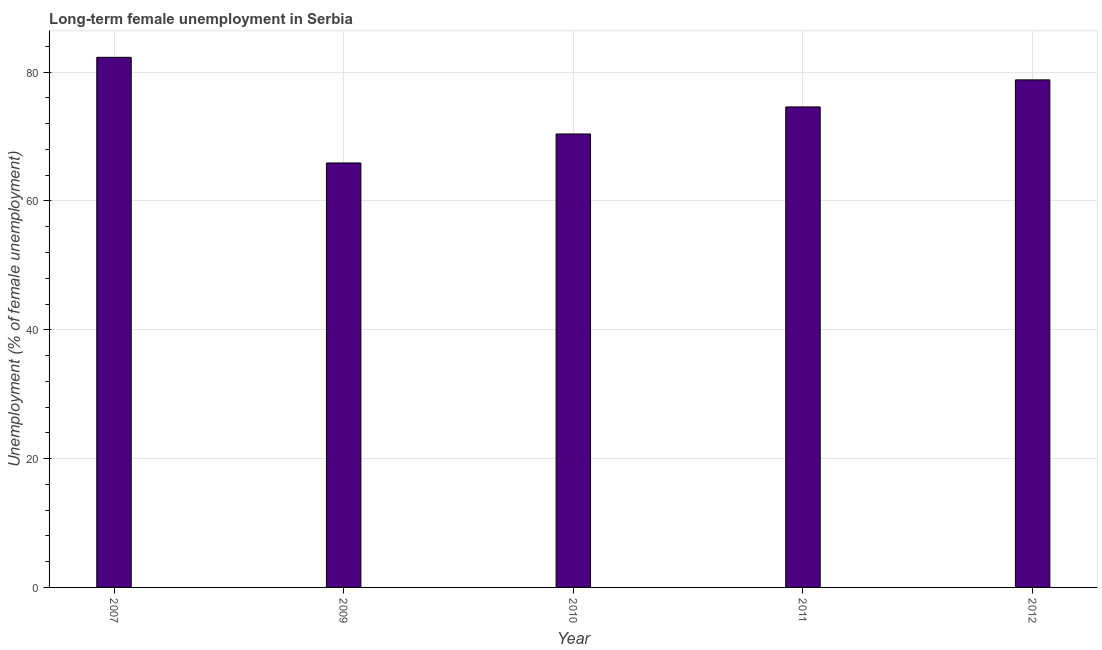
| Year | Long-term unemployment female |
 | --- | --- |
 | 2007 | 82.3 |
 | 2009 | 65.9 |
 | 2010 | 70.4 |
 | 2011 | 74.6 |
 | 2012 | 78.8 |